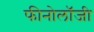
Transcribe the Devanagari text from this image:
फीनोलॉजी